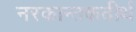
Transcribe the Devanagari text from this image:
नरकान्तकतीर्थ